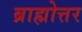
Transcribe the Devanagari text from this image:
ब्राह्मोत्तर